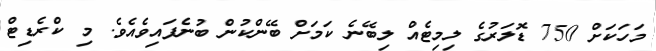
މަހަކަށް 750 ޑޮލަރުގެ ލިމިޓެއް ލިބޭނެ ކަމަށް ބޭންކުން ބުނެފައިވެއެވެ. މި ކްރެޑިޓް